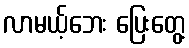
လာမယ့်ဘေး ပြေးတွေ့